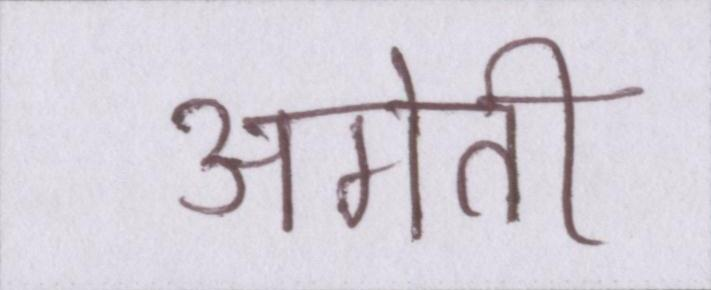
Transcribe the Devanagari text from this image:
अगेती